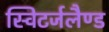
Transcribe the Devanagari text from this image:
स्विटर्जलैण्ड